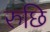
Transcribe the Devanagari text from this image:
रुछि